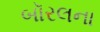
બૉરલના